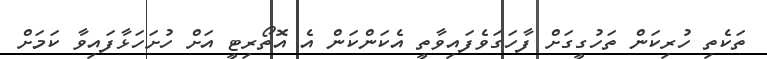
ތަކެތި ހުރިކަން ތަހުގީގަށް ފާހަގަވެފައިވާތީ އެކަންކަން އެ އޮތޯރިޓީ އަށް ހުށަހަޅާފައިވާ ކަމަށް